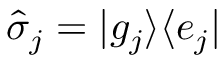
\hat { \sigma } _ { j } = | g _ { j } \rangle \langle e _ { j } |